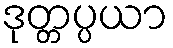
ဒုတ္တပ္ပယာ